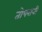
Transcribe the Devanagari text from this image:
तोपरानी